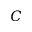
\boldsymbol { C }